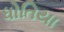
ધોતિયા